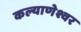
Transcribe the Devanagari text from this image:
कल्याणेश्वर